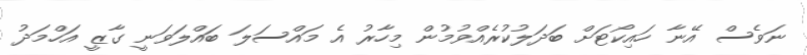
ނަަވެސް އޭނާ ހައިކޯޓަށް ބަދަލުކުރެއްވުމުން މިހާރު އެ މައްސަލަ ބައްލަވަނީ ގާޒީ އަހްމަދު